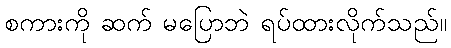
စကားကို ဆက် မပြောဘဲ ရပ်ထားလိုက်သည်။